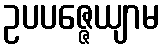
ဥပပဇ္ဇေယျာမ